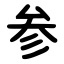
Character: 参